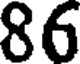
86